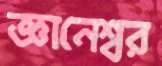
জ্ঞানেশ্বর